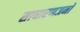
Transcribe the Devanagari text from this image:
साधारणजनों